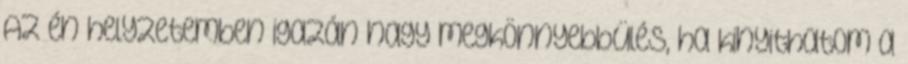
Az én helyzetemben igazán nagy megkönnyebbülés, ha kinyithatom a